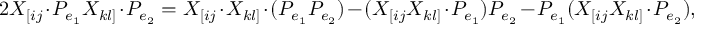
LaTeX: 2 X _ { [ i j } \cdot P _ { e _ { 1 } } X _ { k l ] } \cdot P _ { e _ { 2 } } = X _ { [ i j } \cdot X _ { k l ] } \cdot ( P _ { e _ { 1 } } P _ { e _ { 2 } } ) - ( X _ { [ i j } X _ { k l ] } \cdot P _ { e _ { 1 } } ) P _ { e _ { 2 } } - P _ { e _ { 1 } } ( X _ { [ i j } X _ { k l ] } \cdot P _ { e _ { 2 } } ) ,